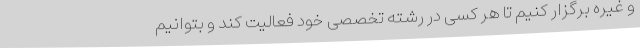
و غیره برگزار کنیم تا هر کسی در رشته تخصصی خود فعالیت کند و بتوانیم